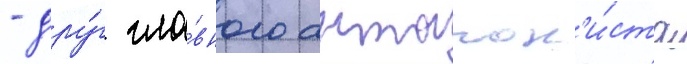
- дру́г гла́вного антагон'и́ста